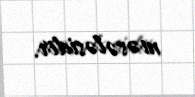
məsələsidir.